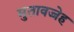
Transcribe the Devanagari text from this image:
मुतावज्जेह